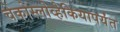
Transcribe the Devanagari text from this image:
चेकोस्लोव्हेकियापर्यंत